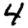
Digit: 4